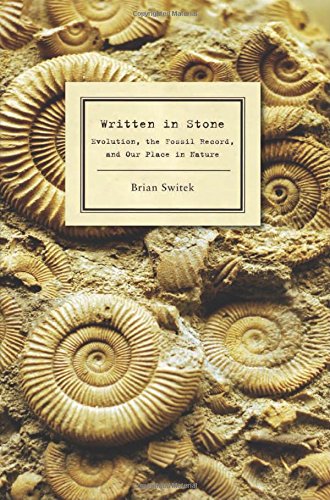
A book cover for Written in Stone: Evolution, the Fossil Record, and Our Place in Nature; Brian Switek; Science & Math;